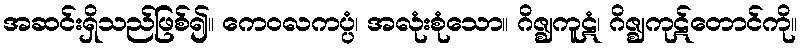
အဆင်းရှိသည်ဖြစ်၍။ ကေဝလကပ္ပံ၊ အလုံးစုံသော။ ဂိဇ္ဈကူဋံ၊ ဂိဇ္ဈကုဋ်တောင်ကို။